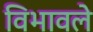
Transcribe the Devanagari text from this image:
विभावले